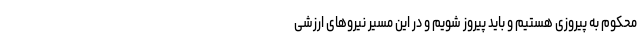
محکوم به پیروزی هستیم و باید پیروز شویم و در این مسیر نیروهای ارزشی